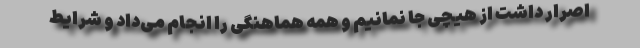
اصرار داشت از هیچی جا نمانیم و همه هماهنگی را انجام می‌داد و شرایط